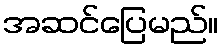
အဆင်ပြေမည်။